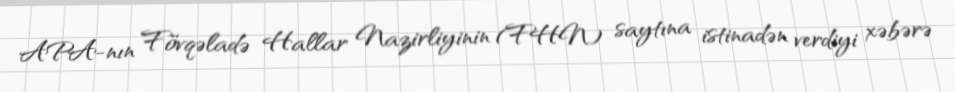
APA-nın Fövqəladə Hallar Nazirliyinin (FHN) saytına istinadən verdiyi xəbərə